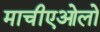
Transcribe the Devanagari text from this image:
माचीएओलो